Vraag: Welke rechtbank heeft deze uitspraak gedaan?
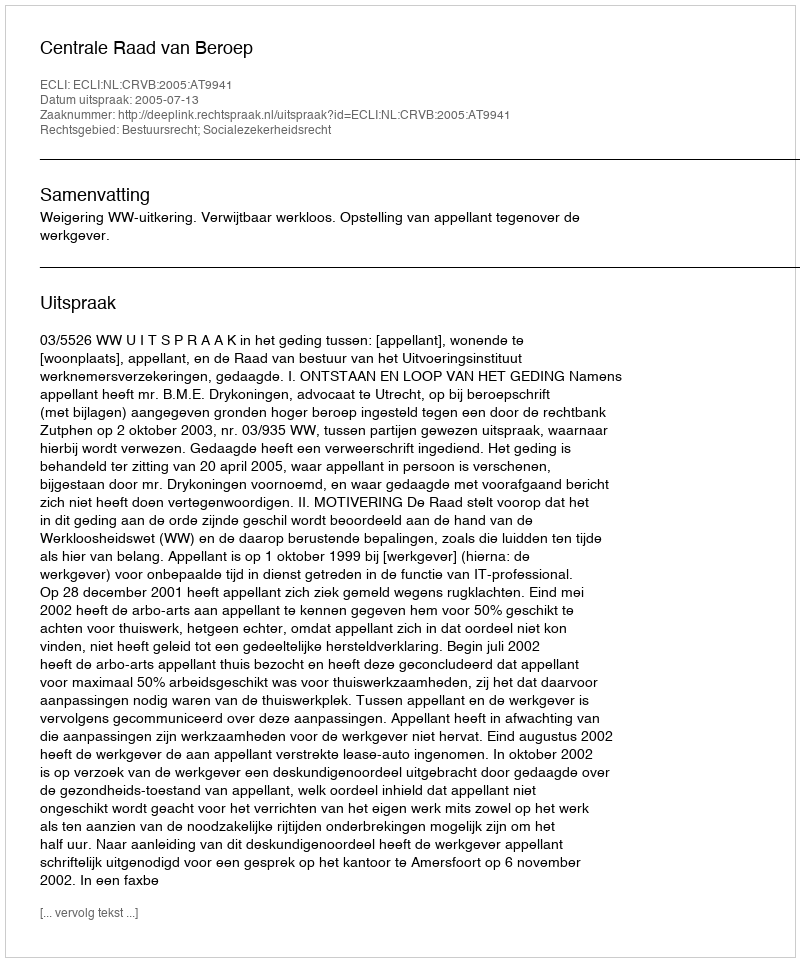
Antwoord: Centrale Raad van Beroep